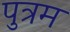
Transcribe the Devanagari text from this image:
पुत्रम